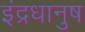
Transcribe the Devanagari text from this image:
इंद्रधानुष